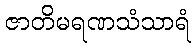
ဇာတိမရဏသံသာရံ